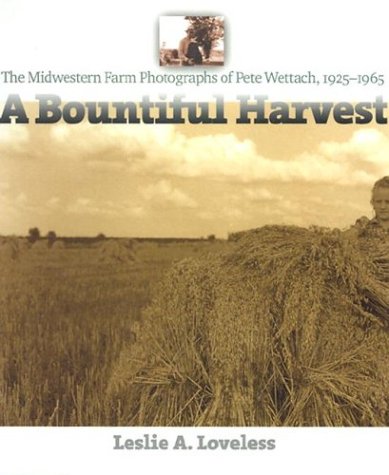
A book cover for A Bountiful Harvest: The Midwestern Farm Photographs of Pete Wettach, 1925-1965 (Bur Oak Book); Leslie A. Loveless; Travel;